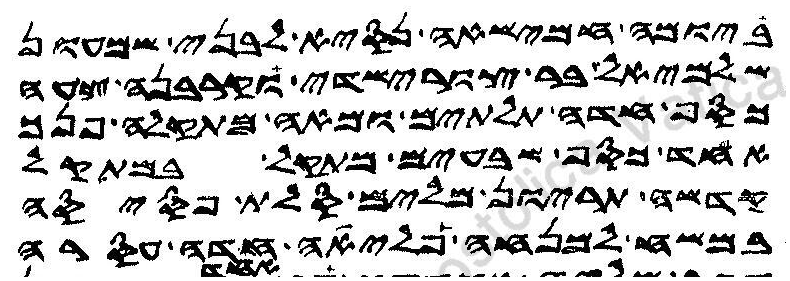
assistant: ביומה חמישאה נסיא לבני שמעון
שלמיאל בן צורישדי וקרבנה צעה
כסף חדה תלתים ומאה מתקלה פנך
אחד כסף שבעים מתקל במתקל
קדשה תריון מלים סלת פסיסה
במשח למנחה פליאה חדה עסרה